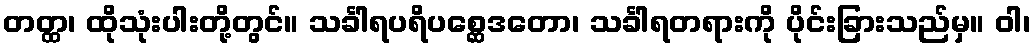
တတ္ထ၊ ထိုသုံးပါးတို့တွင်။ သင်္ခါရပရိပစ္ဆေဒတော၊ သင်္ခါရတရားကို ပိုင်းခြားသည်မှ။ ဝါ၊